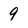
Character: 9